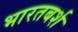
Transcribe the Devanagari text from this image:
भारतबर्श